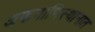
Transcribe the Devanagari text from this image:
अफगाणिस्थानात